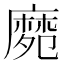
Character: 𪎛